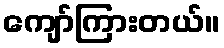
ကျော်ကြားတယ်။